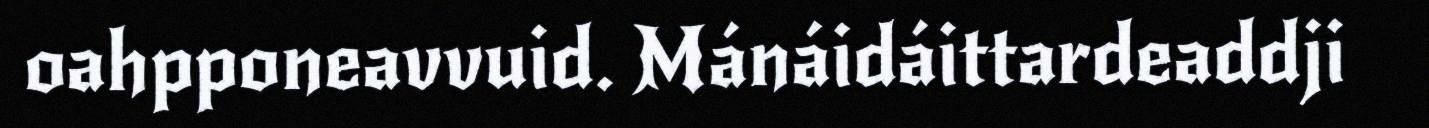
oahpponeavvuid. Mánáidáittardeaddji